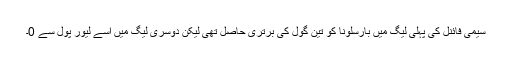
سیمی فائنل کی پہلی لیگ میں بارسلونا کو تین گول کی برتری حاصل تھی لیکن دوسری لیگ میں اسے لیور پول سے 0۔